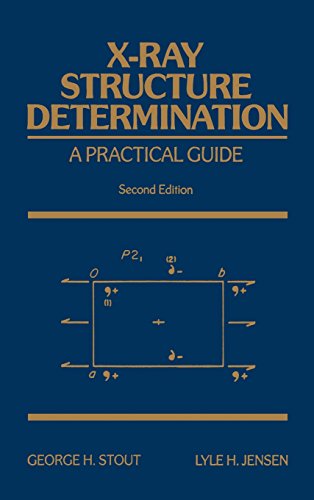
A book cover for X-Ray Structure Determination: A Practical Guide, 2nd Edition; George H. Stout; Science & Math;